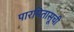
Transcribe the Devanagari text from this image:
पारमितासूची